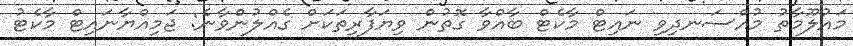
މައުލޫމާތު މުއްސަނދިވި ނައިޓް މާކެޓް ބާއްވާ ގޮތުން ވިޔަފާރިތަކަށް ގެއްލުންވާނެ: ޖަމިއްޔާނައިޓް މާކެޓު